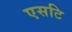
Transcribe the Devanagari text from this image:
एसटि